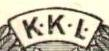
K.K.L.